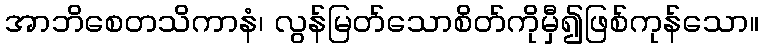
အာဘိစေတသိကာနံ၊ လွန်မြတ်သောစိတ်ကိုမှီ၍ဖြစ်ကုန်သော။